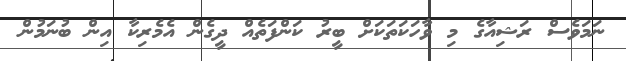
ނަމަވެސް ރަޝިއާގެ މި ވާހަކަތަކަށް ބީރު ކަންފަތެއް ދީގެން އެމެރިކާ އިން ބުނަމުން